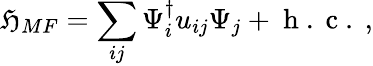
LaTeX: \mathfrak{H}_{MF}=\sum_{ij}\Psi_{i}^{\dagger}u_{ij}\Psi_{j}+\mathrm{{~h~.~c~.~}},